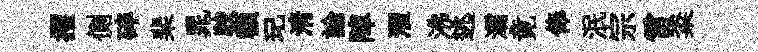
攫側碎棐晁駮額玘清論陣濯沸逃灞竟俸泯宗雷粢